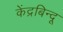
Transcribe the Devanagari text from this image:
केंद्रबिन्दू